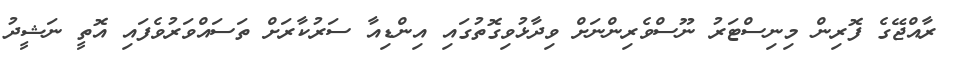
ރާއްޖޭގެ ފޮރިން މިނިސްޓަރު ނޫސްވެރިންނަށް ވިދާޅުވިގޮތުގައި އިންޑިއާ ސަރުކާރަށް ތަސައްވަރުވެފައި އޮތީ ނަޝީދު